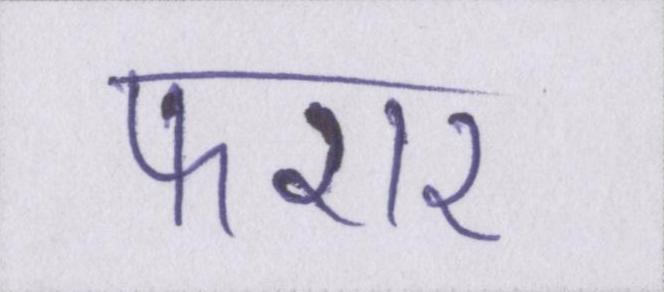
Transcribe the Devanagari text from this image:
फरार